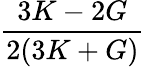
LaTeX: \frac{3K-2G}{2(3K+G)}